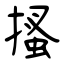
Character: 搔